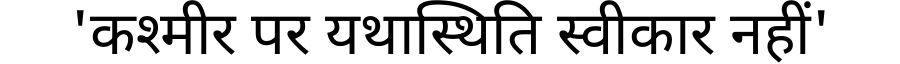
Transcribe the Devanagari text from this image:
'कश्मीर पर यथास्थिति स्वीकार नहीं'